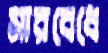
সারবেধে